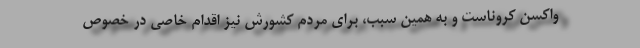
واکسن کروناست و به همین سبب، برای مردم کشورش نیز اقدام خاصی در خصوص